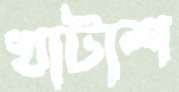
খাটাশ